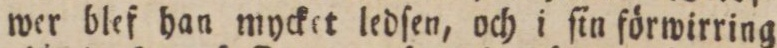
wer blef han mycket ledſen, och i ſin förwirring